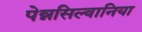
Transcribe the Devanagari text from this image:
पेन्नसिल्वानिया